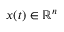
\boldsymbol { x } ( t ) \in \mathbb { R } ^ { n }